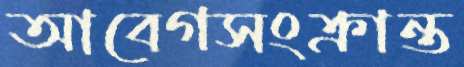
আবেগসংক্রান্ত